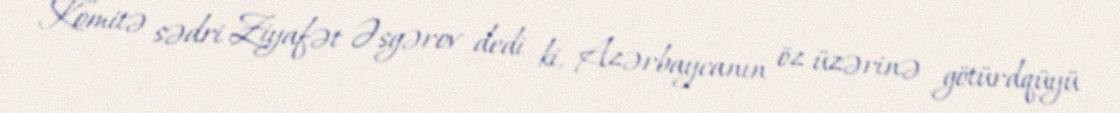
Komitə sədri Ziyafət Əsgərov dedi ki, Azərbaycanın öz üzərinə götürdqüyü